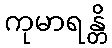
ကုမာရန္တိ